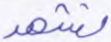
نشهد